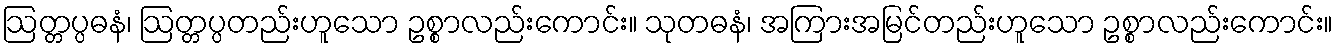
ဩတ္တပ္ပဓနံ၊ ဩတ္တပ္ပတည်းဟူသော ဥစ္စာလည်းကောင်း။ သုတဓနံ၊ အကြားအမြင်တည်းဟူသော ဥစ္စာလည်းကောင်း။